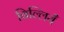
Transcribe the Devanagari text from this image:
बिल्लियँ